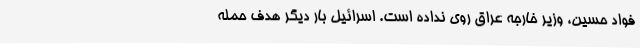
فواد حسین، وزیر خارجه عراق روی نداده است. اسرائیل بار دیگر هدف حمله